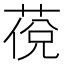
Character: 䓲